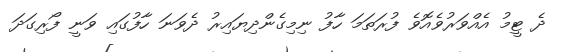
ދެ ޓީމު އެއްވަރުވެއޮވެ ފުރަތަމަ ހާފު ނިމިގެންދިޔައިރު ދެވަނަ ހާފުގައި ވަނީ ފޯރިގަދަ